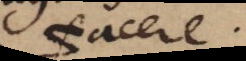
facere.